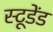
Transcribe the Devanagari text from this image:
स्टूडेंड